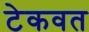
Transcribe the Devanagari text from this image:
टेकवत